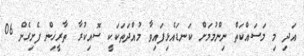
އަދި މި މަސައްކަތް ނިންމުމަށް ކަނޑައެޅިފައިވާ މުއްދަތަކަކީ ސޮއިކުރާ ތާރީޚިން ފެށިގެން 06